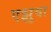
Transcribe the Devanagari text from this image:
एझुवा